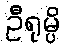
ဦရုမ္ပိ